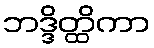
ဘဒ္ဒိတ္ထိကာ